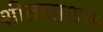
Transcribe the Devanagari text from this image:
शीतलाशयः